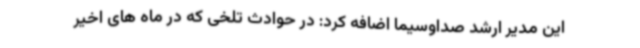
این مدیر ارشد صداوسیما اضافه کرد: در حوادث تلخی که در ماه های اخیر